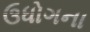
ઉધોગના